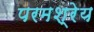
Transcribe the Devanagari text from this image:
परमश्रेय